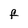
Character: F